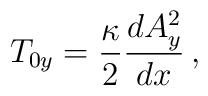
T_{0y} = {\kappa \over 2} {d A_y^2 \over d x} \, ,